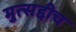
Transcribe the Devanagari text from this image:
मुत्सद्दीच